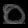
Digit: ၀